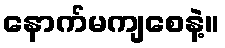
နောက်မကျစေနဲ့။